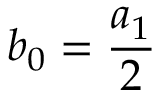
b _ { 0 } = \frac { a _ { 1 } } { 2 }